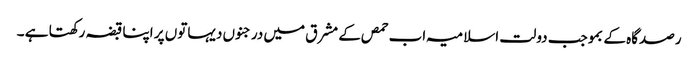
رصدگاہ کے بموجب دولت اسلامیہ اب حمص کے مشرق میں درجنوں دیہاتوں پر اپنا قبضہ رکھتا ہے ۔